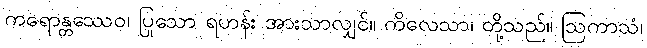
ကရောန္တဿေဝ၊ ပြုသော ရဟန်း အားသာလျှင်။ ကိလေသာ၊ တို့သည်။ ဩကာသံ၊